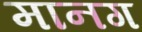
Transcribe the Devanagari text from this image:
मानग